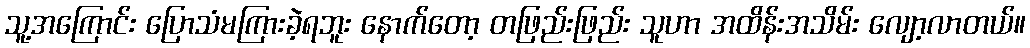
သူ့အကြောင်း ပြောသံမကြားခဲ့ရဘူး နောက်တော့ တဖြည်းဖြည်း သူဟာ အထိန်းအသိမ်း လျော့လာတယ်။